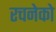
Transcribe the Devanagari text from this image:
रचनेको